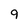
Character: 9